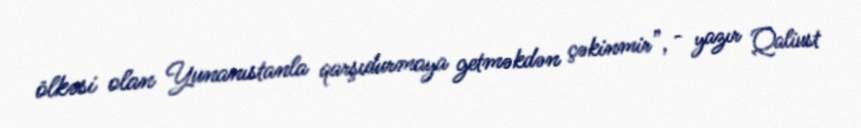
ölkəsi olan Yunanıstanla qarşıdurmaya getməkdən çəkinmir”, - yazır Qaliust